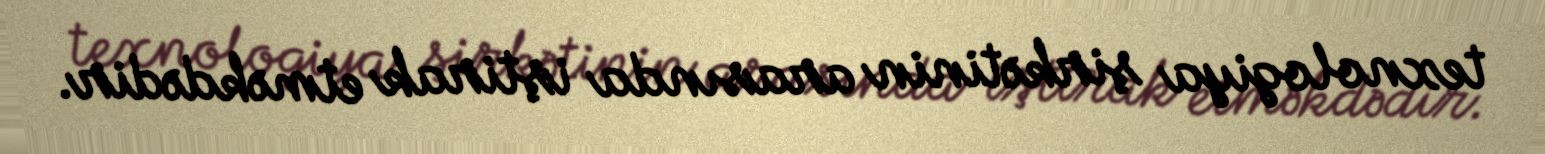
texnologiya şirkətinin arasında iştirak etməkdədir.